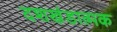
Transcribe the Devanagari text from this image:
दशखंडात्मक